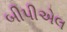
બીપીએલ